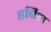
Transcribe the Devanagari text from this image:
हर्बिन